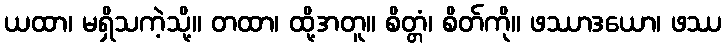
ယထာ၊ မရှိသကဲ့သို့။ တထာ၊ ထို့အတူ။ စိတ္တံ၊ စိတ်ကို။ ဖဿာဒယော၊ ဖဿ